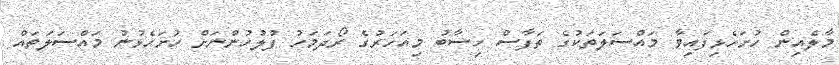
މާލެއިން ހުށަހެޅިފައިވާ މައްސަލަތަކުގެ ތަފާސް ހިސާބު މިއަހަރުގެ ރޯދަމަހު ފުލުހުންނަށް ހުށަހެޅުނު މައްސަލަތައް